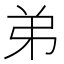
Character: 弟